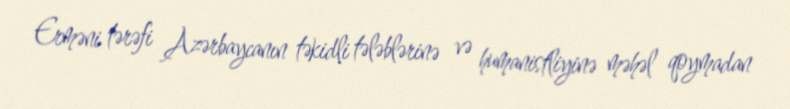
Erməni tərəfi Azərbaycanın təkidli tələblərinə və humanistliyinə məhəl qoymadan